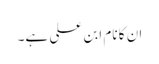
ان کا نام ابن علی ہے۔